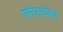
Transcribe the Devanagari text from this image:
एपीफाईज़ल